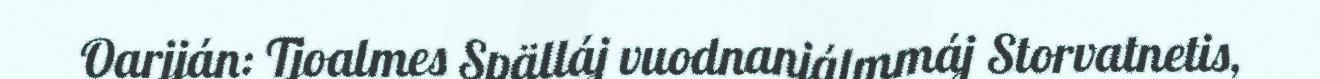
Oarjján: Tjoalmes Spälláj vuodnanjálmmáj Storvatnetis,